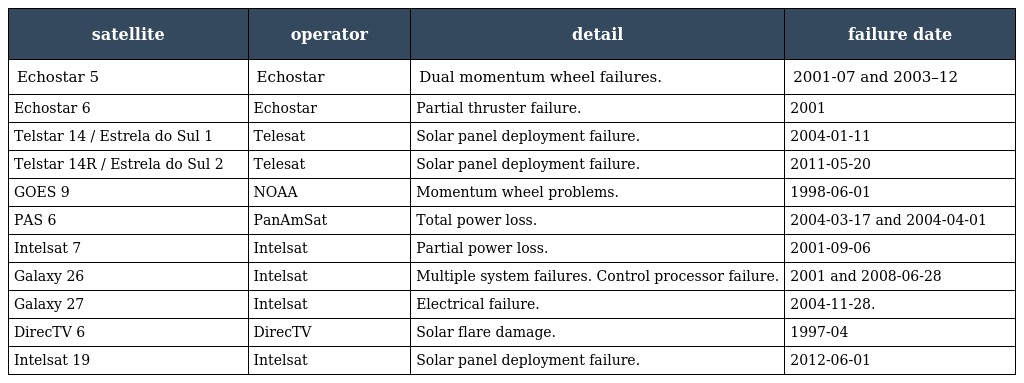
| satellite | operator | detail | failure date |
 | --- | --- | --- | --- |
 | Echostar 5 | Echostar | Dual momentum wheel failures. | 2001-07 and 2003–12 |
 | Echostar 6 | Echostar | Partial thruster failure. | 2001 |
 | Telstar 14 / Estrela do Sul 1 | Telesat | Solar panel deployment failure. | 2004-01-11 |
 | Telstar 14R / Estrela do Sul 2 | Telesat | Solar panel deployment failure. | 2011-05-20 |
 | GOES 9 | NOAA | Momentum wheel problems. | 1998-06-01 |
 | PAS 6 | PanAmSat | Total power loss. | 2004-03-17 and 2004-04-01 |
 | Intelsat 7 | Intelsat | Partial power loss. | 2001-09-06 |
 | Galaxy 26 | Intelsat | Multiple system failures. Control processor failure. | 2001 and 2008-06-28 |
 | Galaxy 27 | Intelsat | Electrical failure. | 2004-11-28. |
 | DirecTV 6 | DirecTV | Solar flare damage. | 1997-04 |
 | Intelsat 19 | Intelsat | Solar panel deployment failure. | 2012-06-01 |